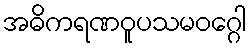
အဓိကရဏဝူပသမဝဂ္ဂေါ